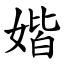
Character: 媘